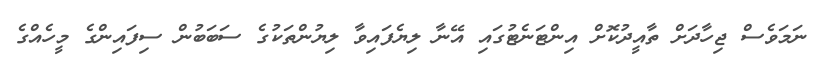
ނަމަވެސް ޖިހާދަށް ތާއީދުކޮށް އިންޓަނެޓުގައި އޭނާ ލިޔެފައިވާ ލިޔުންތަކުގެ ސަބަބުން ސިފައިންގެ މީހެއްގެ